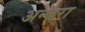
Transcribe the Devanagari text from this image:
अन्धरा